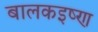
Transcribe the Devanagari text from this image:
बालकइष्ण